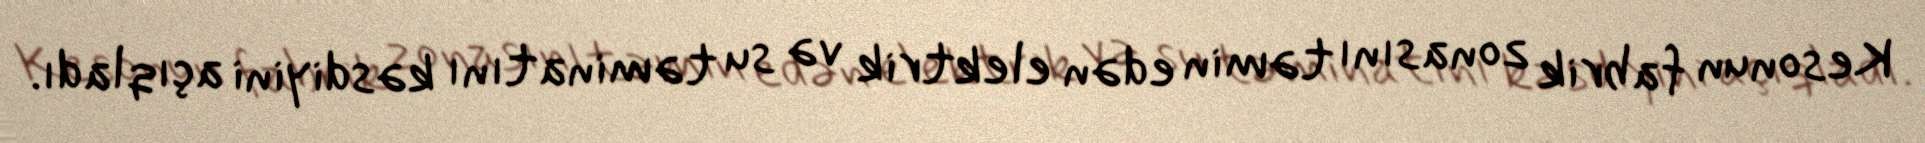
Kesonun fabrik zonasını təmin edən elektrik və su təminatını kəsdiyini açıqladı.